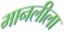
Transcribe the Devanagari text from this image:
मानलीला